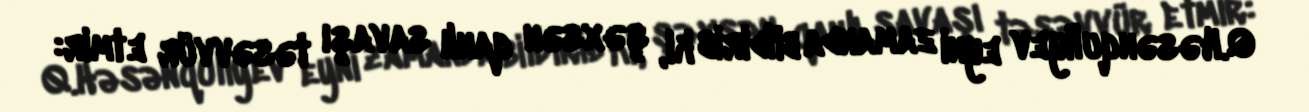
Q.Həsənquliyev eyni zamanda bildirib ki, şəxsən qanlı savaşı təsəvvür etmir: